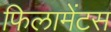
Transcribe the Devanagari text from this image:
फिलामेंटस